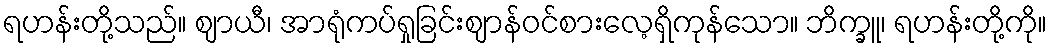
ရဟန်းတို့သည်။ ဈာယီ၊ အာရုံကပ်ရှုခြင်းဈာန်ဝင်စားလေ့ရှိကုန်သော။ ဘိက္ခူ၊ ရဟန်းတို့ကို။